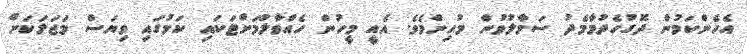
އެހެންކަމުން ދޮގުހެދުމާމެދު ސަމާލުވުން މުހިންމެވެ. އެއީ މީހުން ހެއްވާލުމަށްޓަކައި ކަމުގައި ވިޔަސް މަޖަލަކަށް